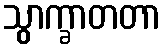
သွာက္ခာတတာ